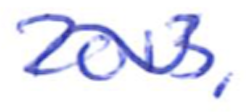
Text: 2013,
Cross-out: wave
Writing tool: ballpoint